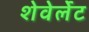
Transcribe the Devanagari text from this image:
शेवेर्लेट